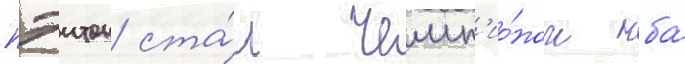
пэитон ста́л чемп'ио́ном нба́